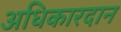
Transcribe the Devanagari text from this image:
अधिकारदान